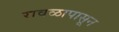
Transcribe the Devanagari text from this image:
रावळापासून